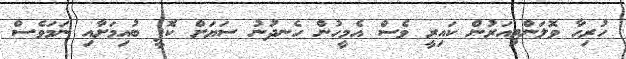
ހުރިހާ ވޮލަންޓިއަރުން ކައިރީ ވެސް އެމީހުން ހެނދުނު ސަޔަށް ކޮފީ ބުއިމަށާއި ނަމަވެސް